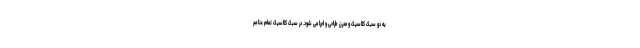
به دو سبک کلاسیک و مدرن طراحی و اجرا می شود. در سبک کلاسیک تمام عناصر